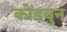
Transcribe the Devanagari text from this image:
कोंडवुन